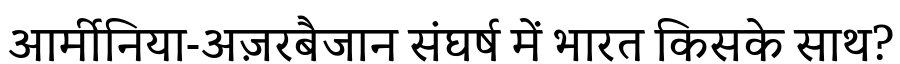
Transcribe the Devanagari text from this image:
आर्मीनिया-अज़रबैजान संघर्ष में भारत किसके साथ?